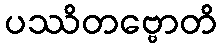
ပဿိတဗ္ဗောတိ